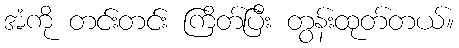
အံကို တင်းတင်း ကြိတ်ပြီး တွန်းထုတ်တယ်။